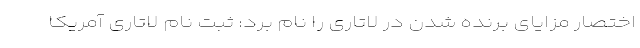
اختصار مزایای برنده شدن در لاتاری را نام برد: ثبت نام لاتاری آمریکا